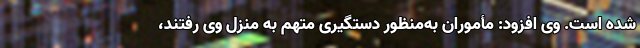
شده است. وی افزود: مأموران به‌منظور دستگیری متهم به منزل وی رفتند،